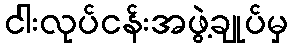
ငါးလုပ်ငန်းအဖွဲ့ချုပ်မှ